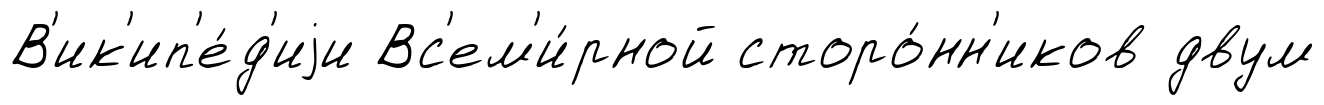
В'ик'ип'е́д'иjи Вс'ем'и́рной сторо́нн'иков двум